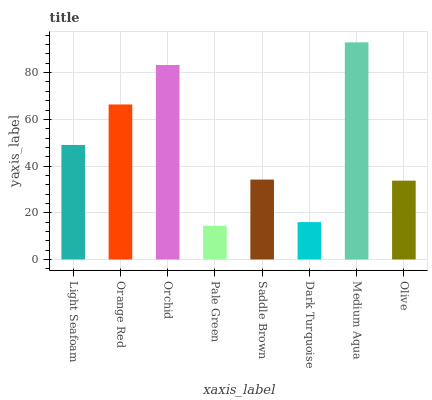
| xaxis_label | bars |
 | --- | --- |
 | Light Seafoam | 49 |
 | Orange Red | 66.4 |
 | Orchid | 83.3 |
 | Pale Green | 14.4 |
 | Saddle Brown | 34.2 |
 | Dark Turquoise | 16 |
 | Medium Aqua | 93 |
 | Olive | 33.7 |